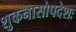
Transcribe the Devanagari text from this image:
शुकनासोपदेशः